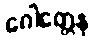
ဂေါတ္တေန